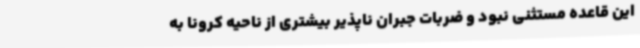
این قاعده مستثنی نبود و ضربات جبران ناپذیر بیشتری از ناحیه کرونا به